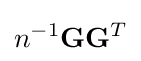
n^{-1}\mathbf {G} \mathbf {G} ^{T}